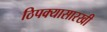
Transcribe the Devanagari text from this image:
ठिपक्यासारखी